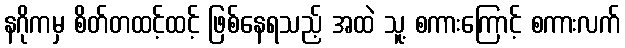
နဂိုကမှ စိတ်တထင့်ထင့် ဖြစ်နေရသည့် အထဲ သူ့ စကားကြောင့် စကားလက်